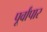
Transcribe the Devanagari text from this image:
पूर्वांपार